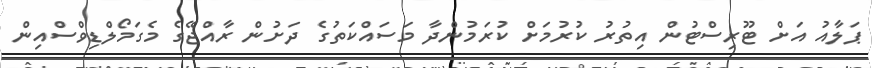
ޕަލާއު އަށް ޓޫރިސްޓުން އިތުރު ކުރުމަށް ކުރަމުންދާ މަސައްކަތުގެ ދަށުން ރާއްޖޭގެ މެގަމޯލްޑިވްސްއިން